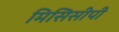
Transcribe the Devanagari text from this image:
मिसिसीपी